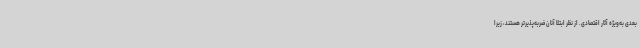
بعدی به‌ویژه آثار اقتصادی. از نظر ابتلا آنان ضربه‌پذیرتر هستند، زیرا